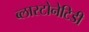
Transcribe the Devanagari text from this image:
ब्लास्टोनेटिडी